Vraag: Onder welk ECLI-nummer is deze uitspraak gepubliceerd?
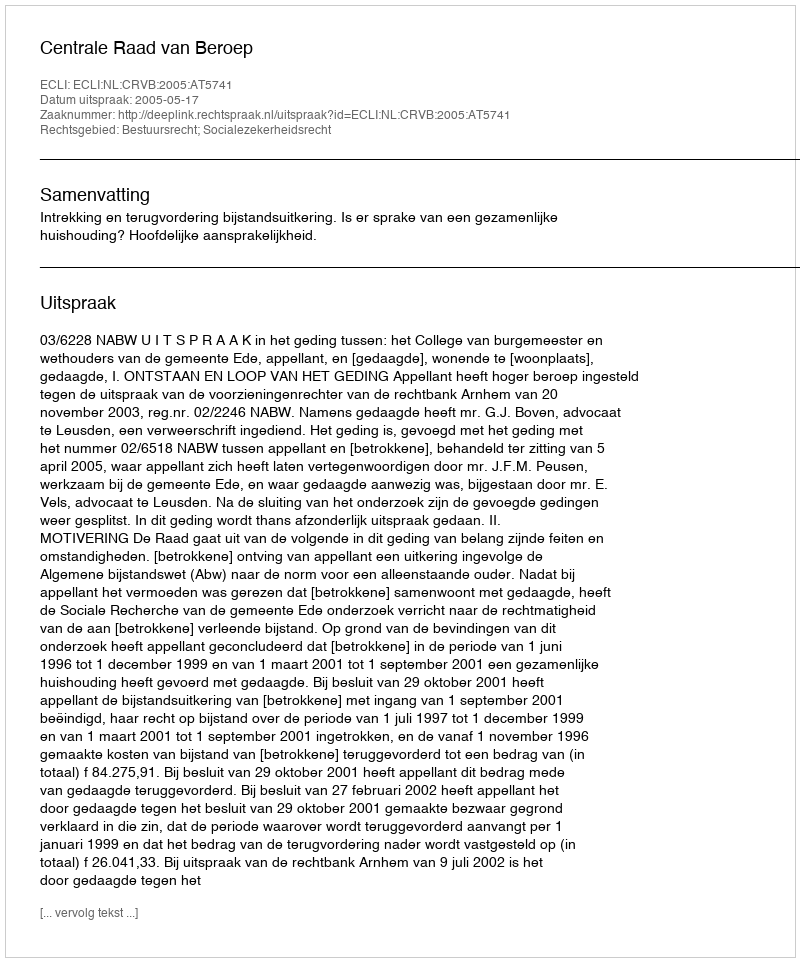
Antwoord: ECLI:NL:CRVB:2005:AT5741